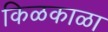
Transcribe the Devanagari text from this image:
किळकाळा